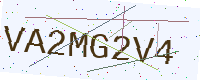
Text: VA2MG2V4